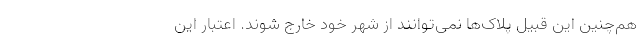
هم‌چنین این قبیل پلاک‌ها نمی‌توانند از شهر خود خارج شوند. اعتبار این